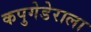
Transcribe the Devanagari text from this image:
कपुगेडेराला